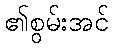
၏စွမ်းအင်